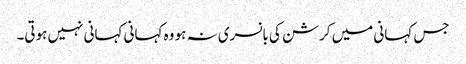
جس کہانی میں کرشن کی بانسری نہ ہو وہ کہانی کہانی نہیں ہوتی۔